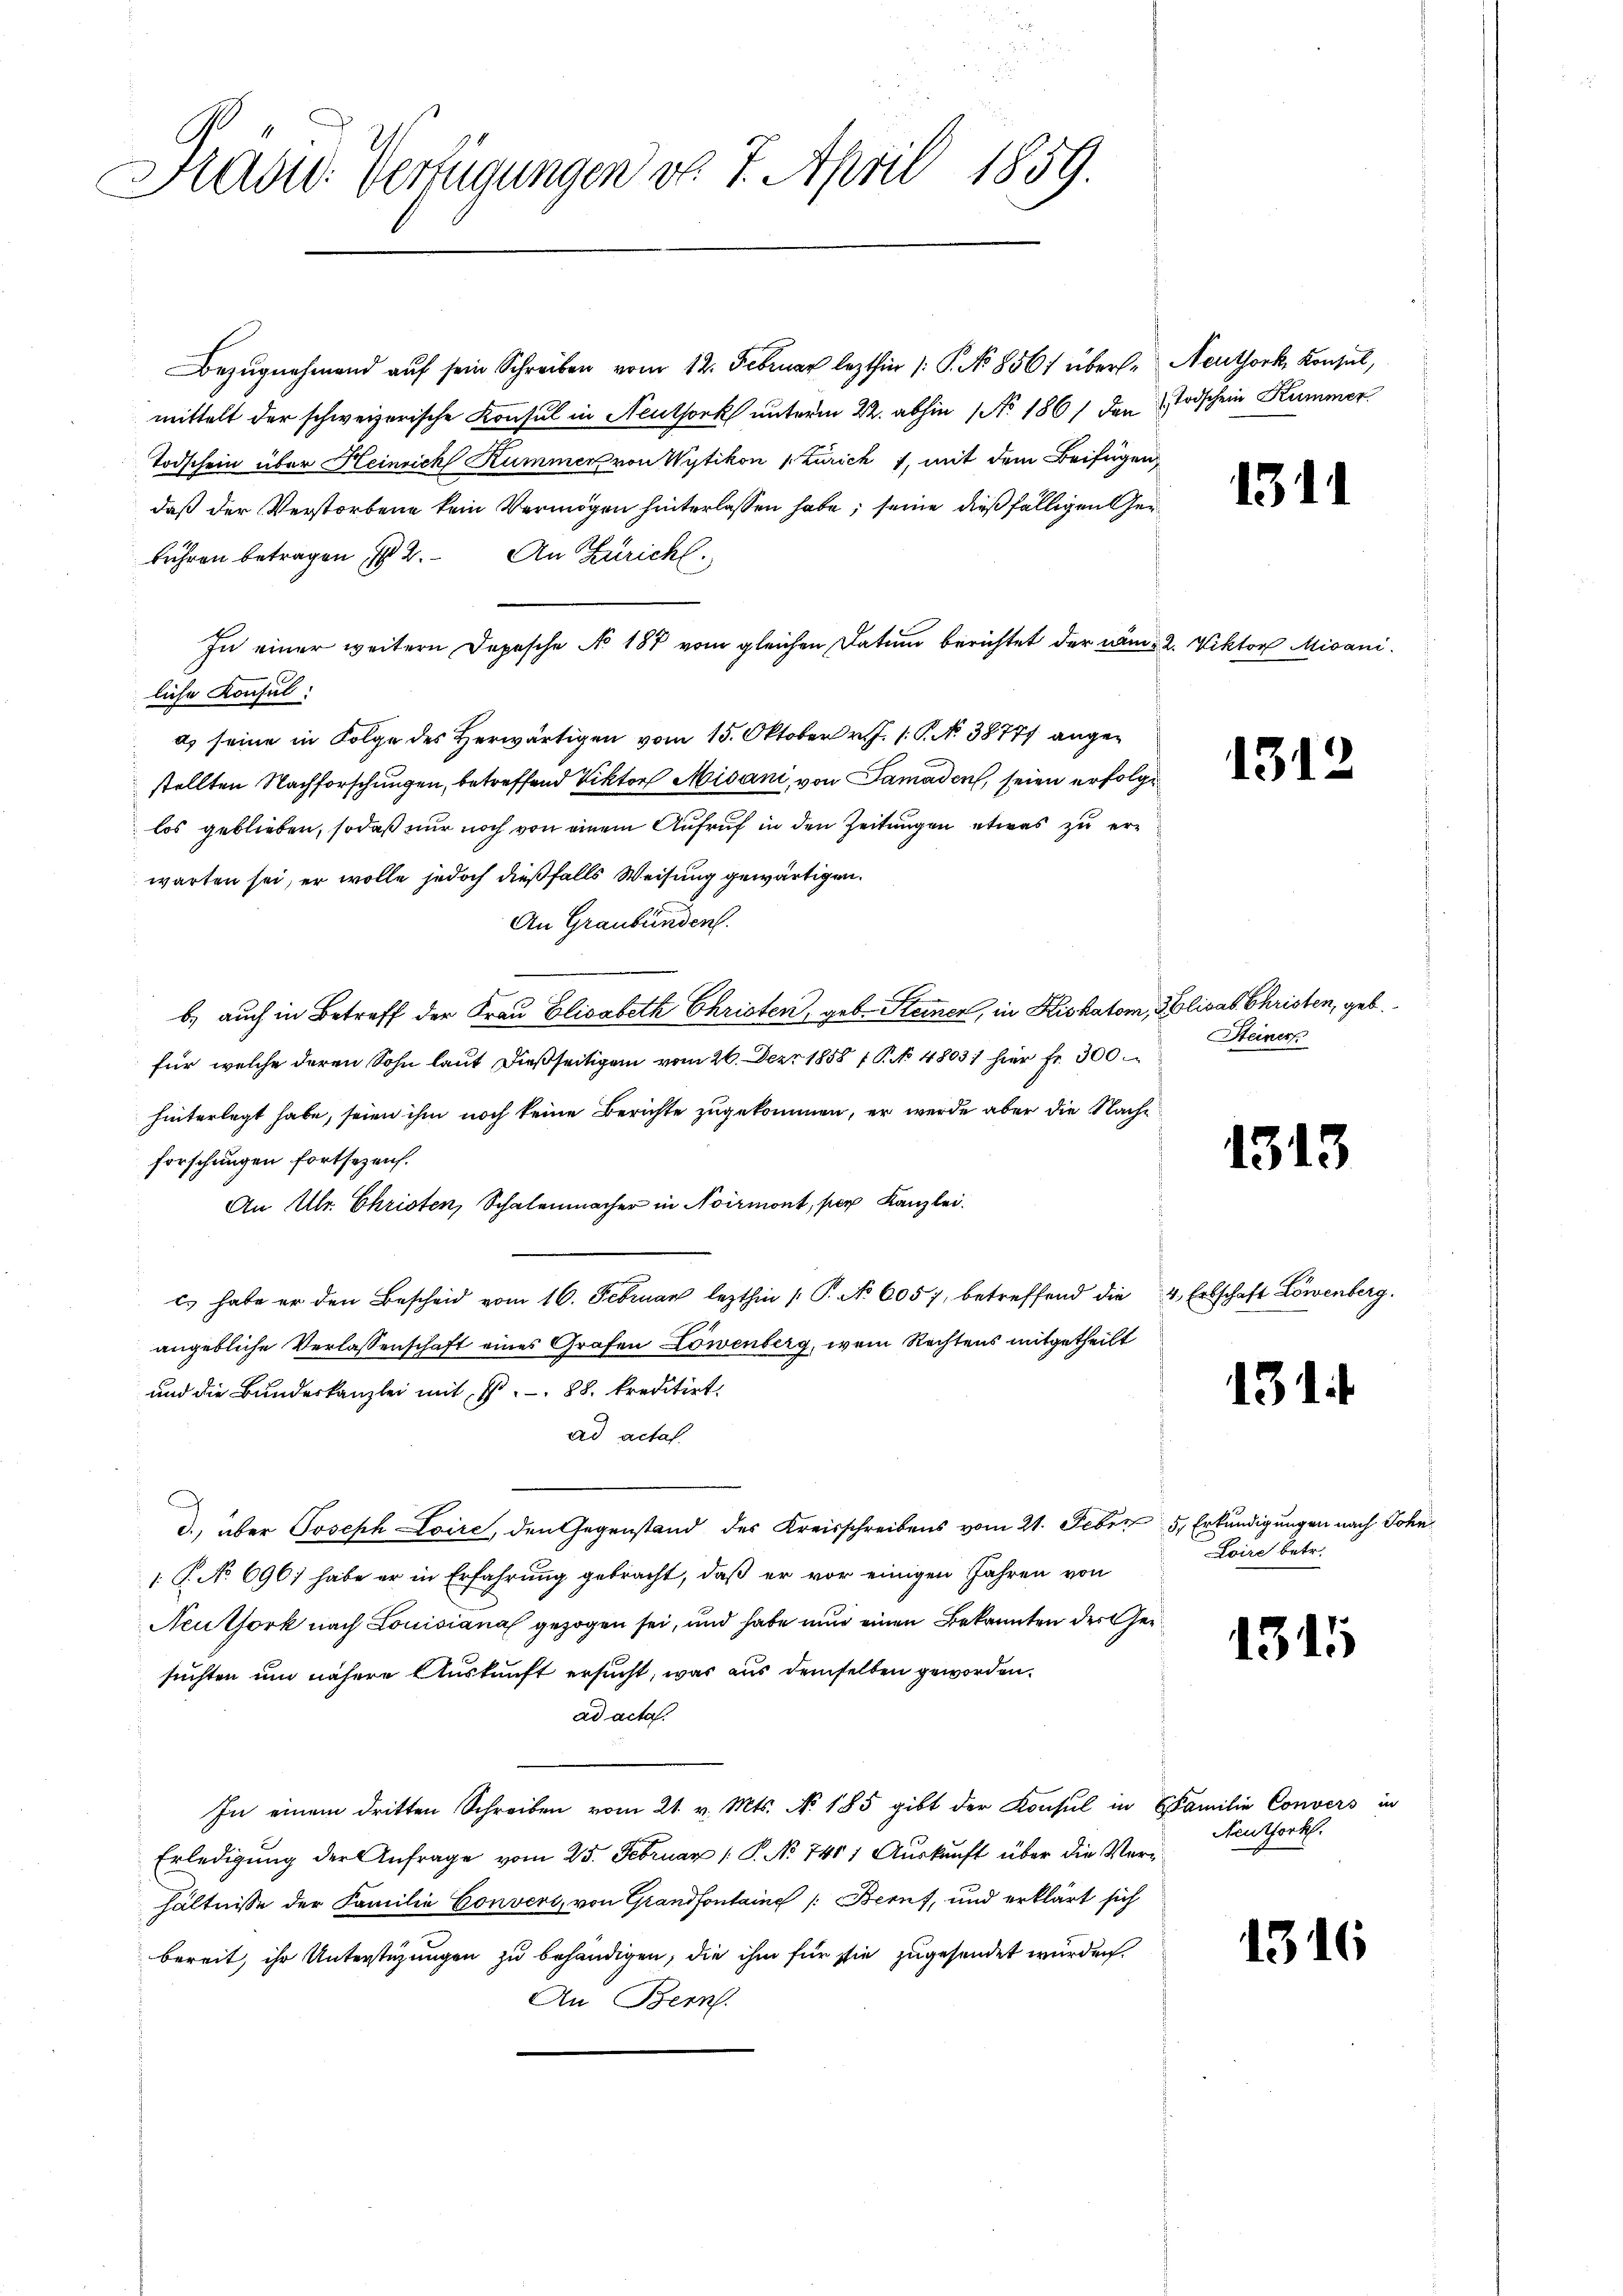
Hasid. Verfügungen v. 7. April 1859.

Bezŭgnehmend aŭf sein Schreiben vom 12. Februar lezthin 1. P. No 856 übersmittelt der schweizerische Konsul in Neuthork unterm 22. abhin No. 1861 den
Todschein über Heinrich Kummer von Wytikon zuricht, mit dem Beifügen
daß der Verstorbene kein Vermögen hinterlassen habe; seine dießfälligen Gebühren betragen in 2. An Züricht.
In einer weitern Depesche No 187 vom gleichen Datum berichtet der näm
liche Konsul:
a) seine in Folge des Herwärtigen vom 15. Oktober v. J. 1. P. N. 38777 angestellten Nachforschungen, betreffend Viktor Midani, von Samaden, seien erfolg
los geblieben, sodaß nur noch von einem Aufruf in den Zeitungen etwas zu erwarten sei, er wolle jedoch dießfalls Weisung gewärtigen.
An Graubünden.
b.) auch in Betreff der Frau Elisabeth Christen, geb. Steinen, in Kiskator,
für welche deren Sohn laut dießseitigen vom 26. Der 1858 1 P. No 4803) hier fr. 300
hinterlegt habe, seien ihm noch keine Berichte zugekommen, er werde aber die Nachforschungen fortsezens.
An Ulr. Christen, Schalenmacher in Noirmont, per Kanzlei.
c. habe er den Bescheid vom 16. Februar lezthin /: P. No 6057, betreffend die
angebliche Verlassenschaft eines Grafen Löwenberg, wem Rechtens mitgetheilt
und die Bundeskanzlei mit H. 88. kreditirt.
ad actal.
d., über Joseph Loire, den Gegenstand des Kreisschreibens vom 21. Feber 5 Erkundigungen nach John¬
1 P. No 696, habe er in Erfahrung gebracht, daß er vor einigen Jahren von
Neuthork nach Louisiana gezogen sei, und habe nun einen Bekannten der Gesuchten um nähere Auskunft ersucht, was aus demselben geworden.
ad acta.
In einem dritten Schreiben vom 21. v. Mts. No. 185 gibt der Konsul in Familie Convers in
Erledigung der Anfrage vom 25. Februar 1 P. No 7481 Auskunft über die Verhältnisse der Familie Convers, von Grandfontaine Bern, und erklärt sich
bereit, ihr Unterstüzungen zu behändigen, die ihm für sie zugesendet wurden.
An Bern.

Neuthork, Konsul,
Todschein Kummer

131

2. Viktor Misani.

131.

sblicat Christen, geb.
Steiner

1313

4., Erbschaft Löwenberg.

131

Loire betr.

1

1

Neuthork.

1316